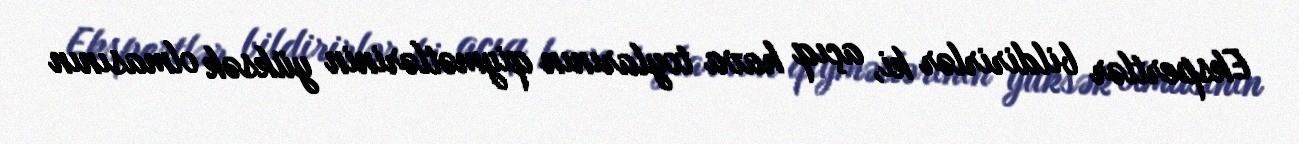
Ekspertlər bildirirlər ki, açıq hava toylarının qiymətlərinin yüksək olmasının